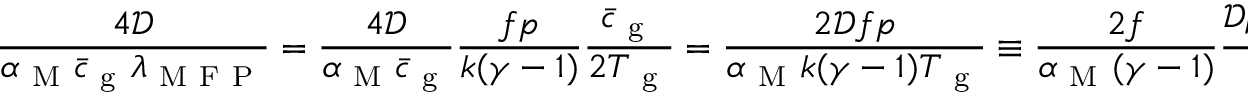
\frac { 4 \mathcal { D } } { \alpha _ { \mathrm { ~ M ~ } } \bar { c } _ { \mathrm { ~ g ~ } } \lambda _ { \mathrm { ~ M ~ F ~ P ~ } } } = \frac { 4 \mathcal { D } } { \alpha _ { \mathrm { ~ M ~ } } \bar { c } _ { \mathrm { ~ g ~ } } } \frac { f p } { k ( \gamma - 1 ) } \frac { \bar { c } _ { \mathrm { ~ g ~ } } } { 2 T _ { \mathrm { ~ g ~ } } } = \frac { 2 \mathcal { D } f p } { \alpha _ { \mathrm { ~ M ~ } } k ( \gamma - 1 ) T _ { \mathrm { ~ g ~ } } } \equiv \frac { 2 f } { \alpha _ { \mathrm { ~ M ~ } } ( \gamma - 1 ) } \frac { \mathcal { D } \rho R _ { \mathrm { ~ g ~ } } } { k }